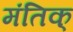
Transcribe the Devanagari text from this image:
मंतिक्‌